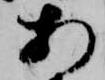
あ